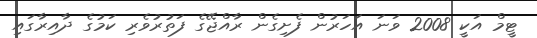
ޓީމް އަކީ 2008 ވަނަ އަހަރުން ފެށިގެން ރާއްޖޭގެ ފަތުރުވެރި ކަމުގެ ދާއިރާގައި